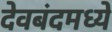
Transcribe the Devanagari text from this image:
देवबंदमध्ये